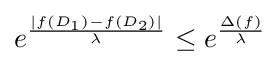
e^{\frac {|f(D_{1})-f(D_{2})|}{\lambda }}\leq e^{\frac {\Delta (f)}{\lambda }}\,\!